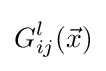
G_{ij}^{l}({\vec {x}})